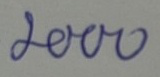
2000